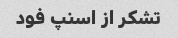
تشکر از اسنپ فود